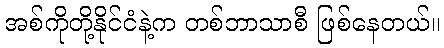
အစ်ကိုတို့နိုင်ငံနဲ့က တစ်ဘာသာစီ ဖြစ်နေတယ်။